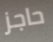
حاجز